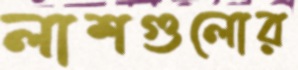
লাশগুলোর